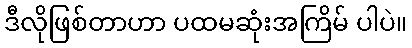
ဒီလိုဖြစ်တာဟာ ပထမဆုံးအကြိမ် ပါပဲ။